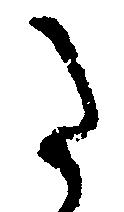
た